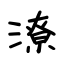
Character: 潦